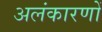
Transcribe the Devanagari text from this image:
अलंकारणों